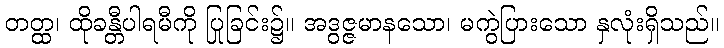
တတ္ထ၊ ထိုခန္တီပါရမီကို ပြုခြင်း၌။ အဒွဇ္ဇမာနသော၊ မကွဲပြားသော နှလုံးရှိသည်။